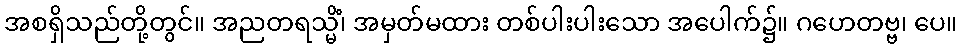
အစရှိသည်တို့တွင်။ အညတရသ္မိံ၊ အမှတ်မထား တစ်ပါးပါးသော အပေါက်၌။ ဂဟေတဗ္ဗ၊ ပေ။